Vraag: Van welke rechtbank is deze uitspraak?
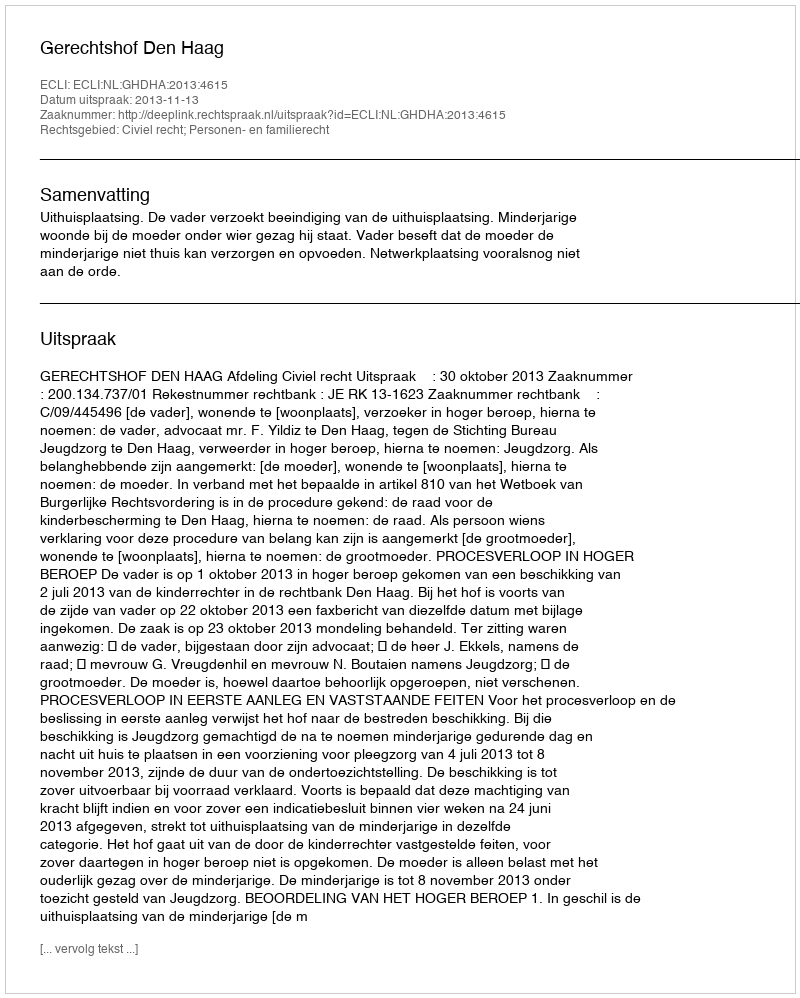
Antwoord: Gerechtshof Den Haag